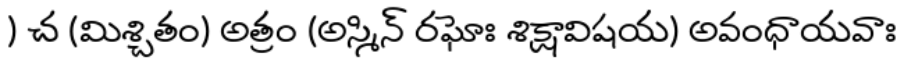
) చ (మిశ్చితం) అత్రం (అస్మిన్ రఘోః శిక్షావిషయ) అవంధాయవాః